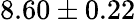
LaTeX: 8.60\pm 0.22